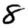
Digit: 8